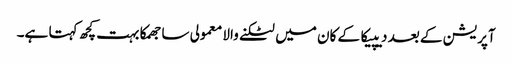
آپریشن کے بعد دیپیکا کے کان میں لٹکنے والا معمولی سا جھمکا بہت کچھ کہتا ہے۔